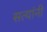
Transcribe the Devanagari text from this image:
सत्यांनी